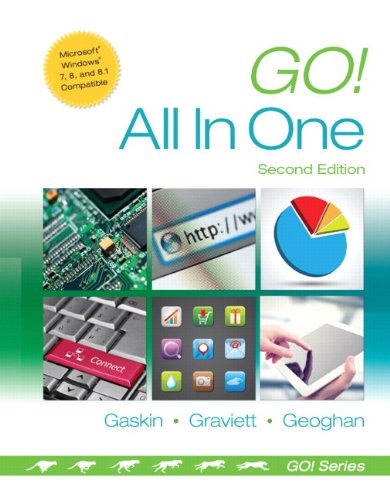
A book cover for Go! All in One: Computer Concepts and Applications (2nd Edition) (GO! for Office 2013); Shelley Gaskin; Computers & Technology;